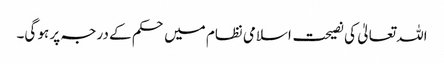
اللہ تعالیٰ کی نصیحت اسلامی نظام میں حکم کے درجہ پر ہو گی۔